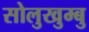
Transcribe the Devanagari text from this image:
सोलुखुम्बु